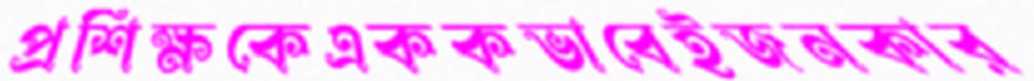
প্রশিক্ষকেএককভাবেইজনকার